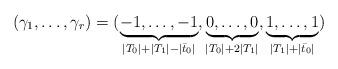
LaTeX: \begin{align*}(\gamma_1, \ldots, \gamma_r)=(\underbrace{-1,\ldots, -1}_{|T_0|+|T_1|-|\bar t_0|}, \underbrace{0,\ldots,0}_{|T_0|+2|T_1|},\underbrace{1,\ldots,1}_{|T_1|+|\bar t_0|})\end{align*}